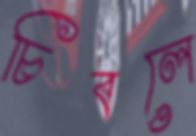
চিবলে